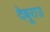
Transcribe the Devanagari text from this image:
देबूराउ